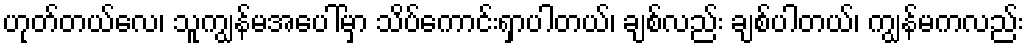
ဟုတ်တယ်လေ၊ သူကျွန်မအပေါ်မှာ သိပ်ကောင်းရှာပါတယ်၊ ချစ်လည်း ချစ်ပါတယ်၊ ကျွန်မကလည်း